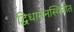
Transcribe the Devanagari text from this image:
द्विधामनस्थितीत